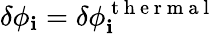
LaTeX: \delta\phi_{\mathbf{i}}=\delta\phi_{\mathbf{i}}^{\mathrm{{~t~h~e~r~m~a~l~}}}